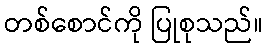
တစ်စောင်ကို ပြုစုသည်။